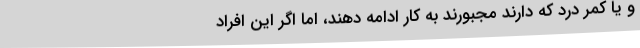
و یا کمر درد که دارند مجبورند به کار ادامه دهند، اما اگر این افراد